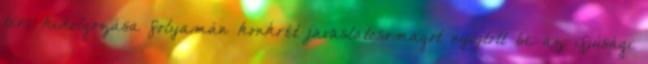
terv kidolgozása folyamán konkrét javaslatcsomagot nyújtott be az ifjúsági